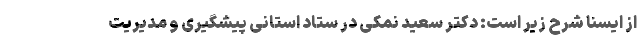
از ایسنا شرح زیر است: دکتر سعید نمکی در ستاد استانی پیشگیری و مدیریت